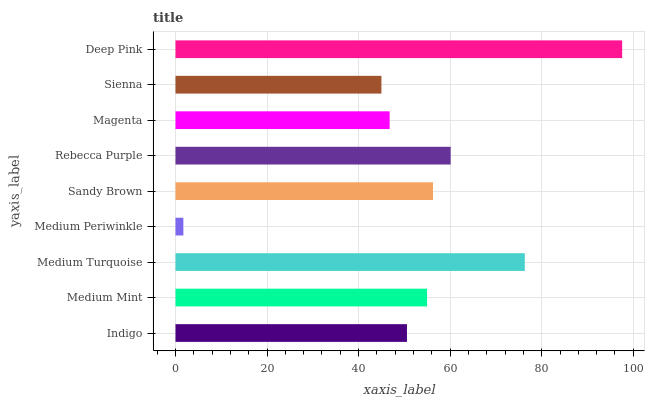
| yaxis_label | bars |
 | --- | --- |
 | Indigo | 50.6 |
 | Medium Mint | 55 |
 | Medium Turquoise | 76.3 |
 | Medium Periwinkle | 1.72 |
 | Sandy Brown | 56.3 |
 | Rebecca Purple | 60.1 |
 | Magenta | 46.8 |
 | Sienna | 45 |
 | Deep Pink | 97.6 |